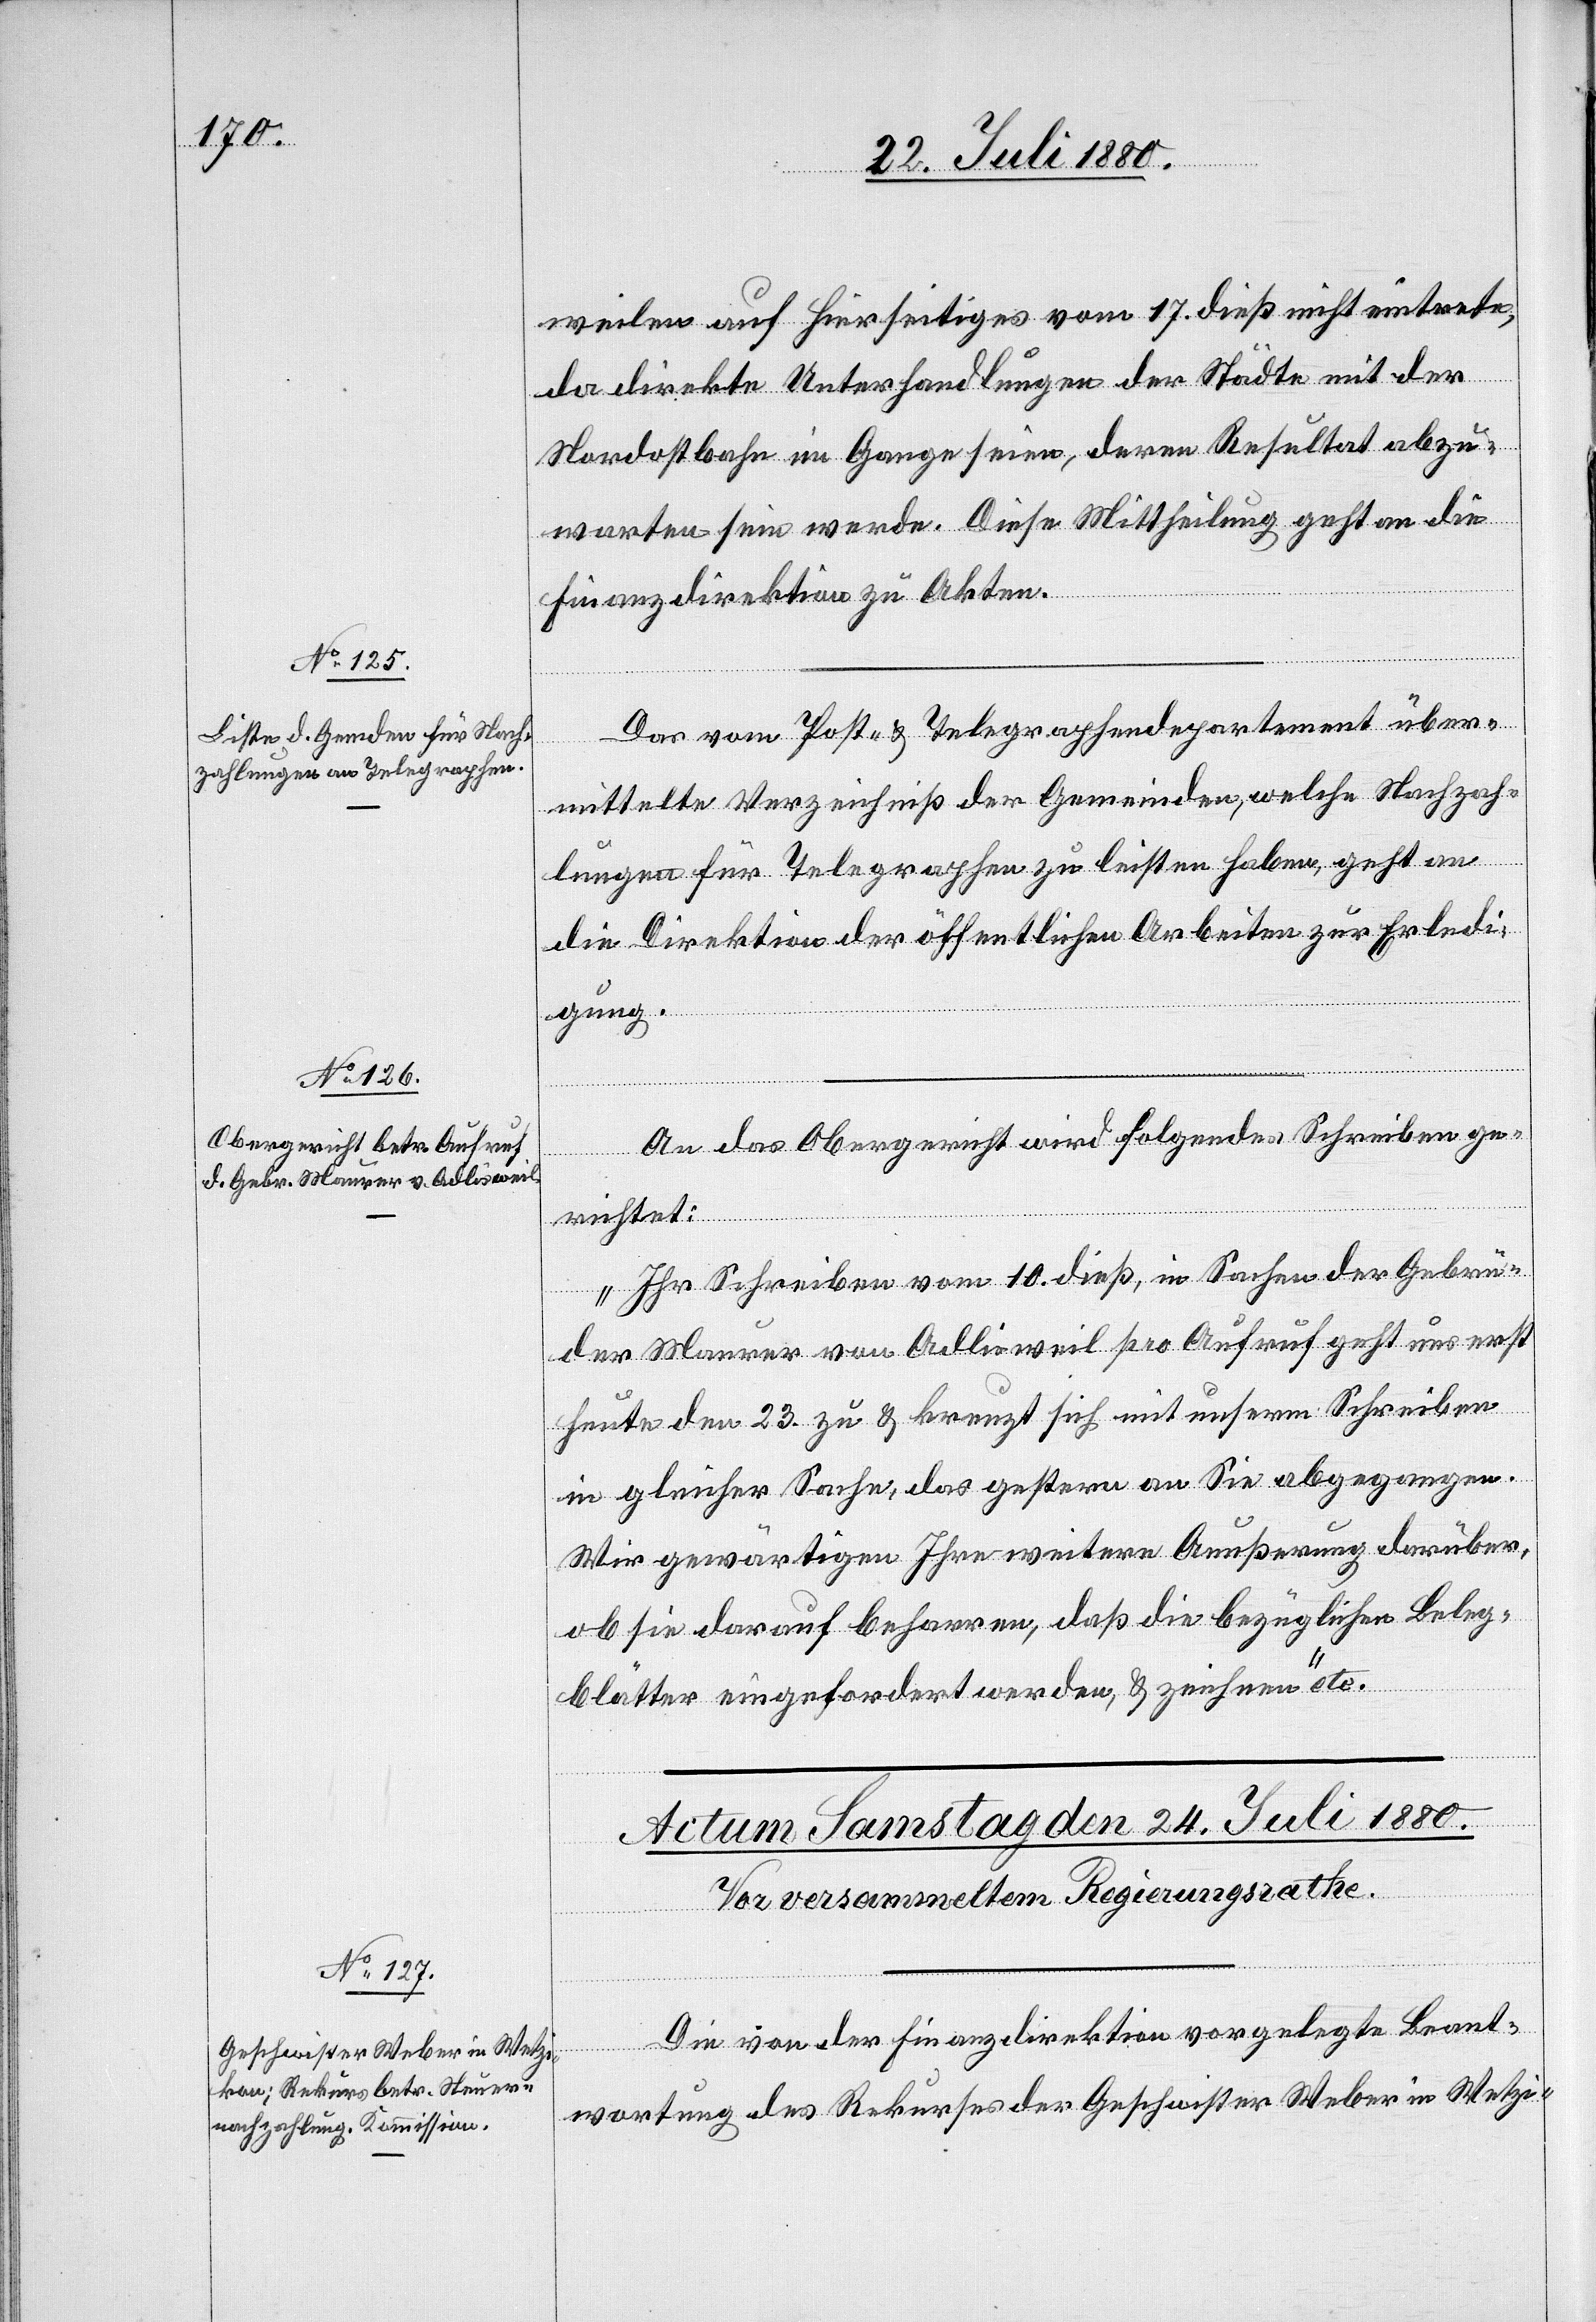
23. Juli 1880.]
weilen auf hierseitiges vom 17. dieß nicht eintrete,
da direkte Unterhandlungen der Städte mit der
Nordostbahn im Gange seien, deren Resultat abzu¬
warten sein werde. Diese Mittheilung geht an die
Finanzdirektion zu Akten.
Das vom Post- & Telegraphendepartement über¬
mittelte Verzeichniß der Gemeinden, welche Nachzah¬
lungen für Telegraphen zu leisten haben, geht an
die Direktion der öffentlichen Arbeiten zur Erledi¬
gung.
An das Obergericht wird folgendes Schreiben ge¬
richtet:
„Ihr Schreiben vom 10. dieß, in Sachen der Gebrü¬
der Maurer von Adlisweil pro Aufruf geht uns erst
heute den 23. zu & kreuzt sich mit unserm Schreiben
in gleicher Sache, das gestern an Sie abgegangen.
Wir gewärtigen Ihre weitern Aeußerung darüber,
ob sie darauf beharren, daß die bezüglichen Beleg¬
blätter eingefordert werden, & zeichnen“ etc.
Die von der Finanzdirektion vorgelegte Beant¬
wortung des Rekurses der Geschwister Weber in Wetzi-